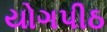
યોગપીઠ